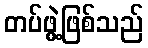
တပ်ဖွဲ့ဖြစ်သည်